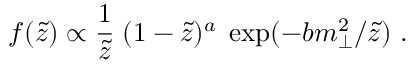
f ( \tilde { z } ) \propto \frac { 1 } { \tilde { z } } \; ( 1 - \tilde { z } ) ^ { a } \; \exp ( - b m _ { \perp } ^ { 2 } / \tilde { z } ) ~ .